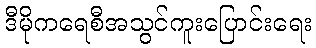
ဒီမိုကရေစီအသွင်ကူးပြောင်းရေး